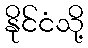
နိုင်ငံသို့